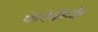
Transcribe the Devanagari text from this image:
फेनेर्बहके